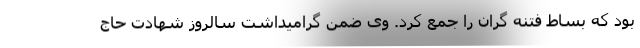
بود که بساط فتنه گران را جمع کرد. وی ضمن گرامیداشت سالروز شهادت حاج